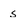
Character: s